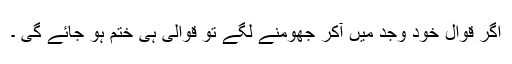
اگر قوال خود وجد میں آکر جھومنے لگے تو قوالی ہی ختم ہو جائے گی ۔